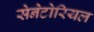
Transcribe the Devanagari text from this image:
सेनेटोरियल